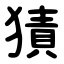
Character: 㺓